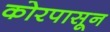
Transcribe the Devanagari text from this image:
कोरपासून